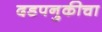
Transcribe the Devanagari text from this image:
दडपनुकीचा